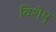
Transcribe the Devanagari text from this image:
विशेष्